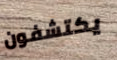
يكتشفون